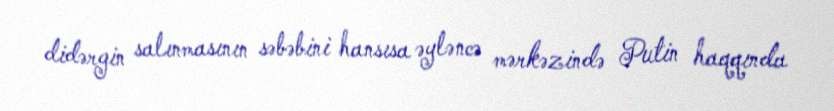
didərgin salınmasının səbəbini hansısa əyləncə mərkəzində Putin haqqında